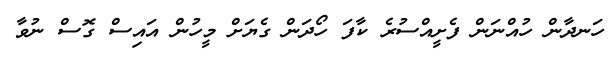
ހަނދާން ހުއްނަން ފެށީއްސުރެ ކާފަ ހޯދަން ގެޔަށް މީހުން އައިސް ގޮސް ނުވާ